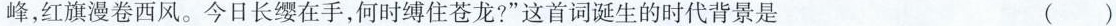
峰，红旗漫卷西风。今日长缨在手，何时缚住苍龙?”这首词诞生的时代背景是 ()